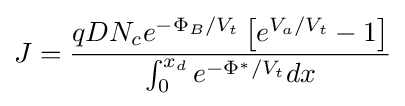
J={\frac {qDN_{c}e^{-\Phi _{B}/V_{t}}\left[e^{V_{a}/V_{t}}-1\right]}{\int _{0}^{x_{d}}e^{-\Phi ^{*}/V_{t}}dx}}